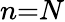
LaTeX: n{=}N